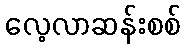
လေ့လာဆန်းစစ်